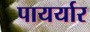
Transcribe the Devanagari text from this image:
पायर्यार